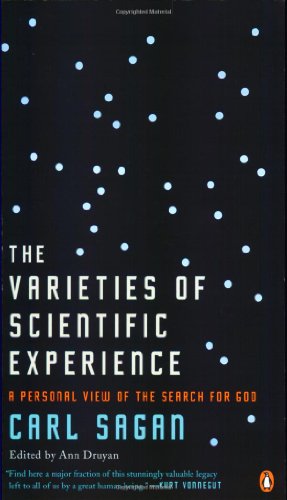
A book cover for The Varieties of Scientific Experience: A Personal View of the Search for God; Carl Sagan; Science & Math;